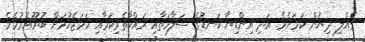
ގެއްލި ދިޔުން ކަމަށެވެ. އަދި އިންޑިޔާ ކަނޑުގެ ސަލާމަތާއި ރައްކާތެރިކަމާއި ހަމަޖެހުމަށް ބުރޫއެރުމެވެ.